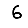
Digit: 6